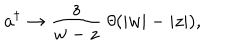
a ^ { \dagger } \rightarrow \frac z { w - z } \; \theta ( | w | - | z | ) ,